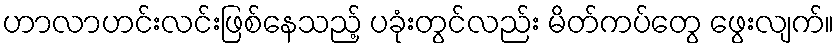
ဟာလာဟင်းလင်းဖြစ်နေသည့် ပခုံးတွင်လည်း မိတ်ကပ်တွေ ဖွေးလျက်။